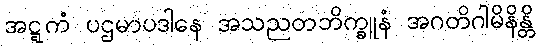
အဋ္ဋကံ ပဌမာပဒါနေ အသညတဘိက္ခူနံ အဂတိဂါမိနိန္တိ